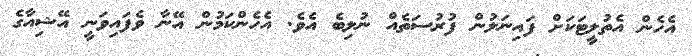
އެހެން އެތުލީޓަކަށް ފައިނަލުން ފުރުސަތެއް ނުލިބެ އެވެ. އެހެންކަމުން އޭނާ ވެފައިވަނީ އޭޝިއާގެ